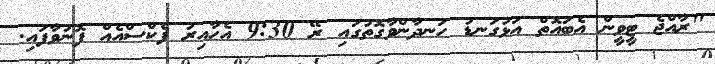
"ރާއްޖެ ޓީވީން އެބައޮތް އަޅުގަނޑު ހަނދާންވާގޮތުގައި ރޭ 9:30 އެހާއިރު ފެކްސްއެއް ފޮނުވާފައި.